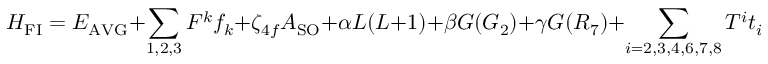
H _ { \mathrm { F I } } = E _ { \mathrm { A V G } } + \sum _ { 1 , 2 , 3 } F ^ { k } f _ { k } + \zeta _ { 4 f } A _ { \mathrm { S O } } + \alpha L ( L + 1 ) + \beta G ( G _ { 2 } ) + \gamma G ( R _ { 7 } ) + \sum _ { i = 2 , 3 , 4 , 6 , 7 , 8 } T ^ { i } t _ { i } .